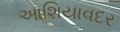
આશિયાવદર